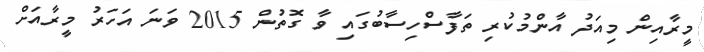
މީރާއިން މިއަދު އާންމުކުރި ތަފާސްހިސާބުގައި ވާ ގޮތުން 2015 ވަނަ އަހަރު މީރާއަށް